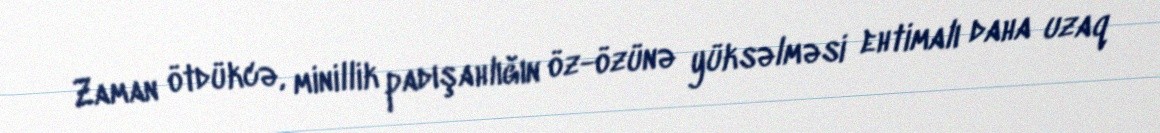
Zaman ötdükcə, minillik padışahlığın öz-özünə yüksəlməsi ehtimalı daha uzaq